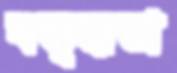
বত্তৃদ্ধতা